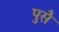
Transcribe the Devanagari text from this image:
पुसै